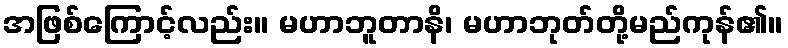
အဖြစ်ကြောင့်လည်း။ မဟာဘူတာနိ၊ မဟာဘုတ်တို့မည်ကုန်၏။